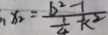
x _ { 2 } = \frac { b ^ { 2 } - 1 } { \frac { 1 } { 4 } - k ^ { 2 } }